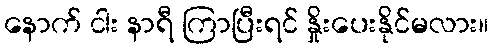
နောက် ငါး နာရီ ကြာပြီးရင် နှိုးပေးနိုင်မလား။